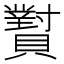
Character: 𬥫